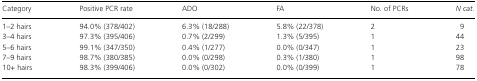
<table><thead><tr><td><b>Category</b></td><td><b>Positive PCR rate</b></td><td><b>ADO</b></td><td><b>FA</b></td><td><b>No. of PCRs</b></td><td><b><i>N cat.</i></b></td></tr></thead><tbody><tr><td>1–2 hairs</td><td>94.0% (378/402)</td><td>6.3% (18/288)</td><td>5.8% (22/378)</td><td>2</td><td> 9</td></tr><tr><td>3–4 hairs</td><td>97.3% (395/406)</td><td>0.7% (2/299)</td><td>1.3% (5/395)</td><td>1</td><td>44</td></tr><tr><td>5–6 hairs</td><td>99.1% (347/350)</td><td>0.4% (1/277)</td><td>0.0% (0/347)</td><td>1</td><td>23</td></tr><tr><td>7–9 hairs</td><td>98.7% (380/385)</td><td>0.0% (0/298)</td><td>0.3% (1/380)</td><td>1</td><td>98</td></tr><tr><td>10+ hairs</td><td>98.3% (399/406)</td><td>0.0% (0/302)</td><td>0.0% (0/399)</td><td>1</td><td>78</td></tr></tbody></table>